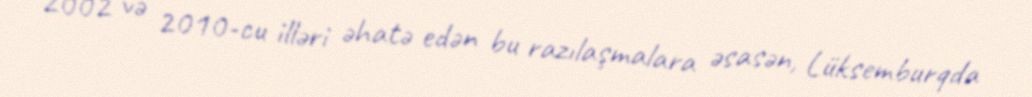
2002 və 2010-cu illəri əhatə edən bu razılaşmalara əsasən, Lüksemburqda